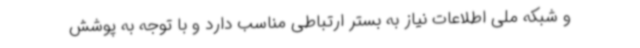
و شبکه‌ ملی اطلاعات نیاز به بستر ارتباطی مناسب دارد و با توجه به پوشش